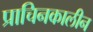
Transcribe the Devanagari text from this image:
प्राचिनकालीन